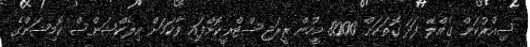
ސިއްރުކަން ގެއްލޭ ފަދަ ގޮތަކަށް 8000 މީހުން ރީރަޖިސްޓްރީކޮށްފައި ވާކަމަށް އިލެކްޝަންސް ކޮމިޝަންގެ